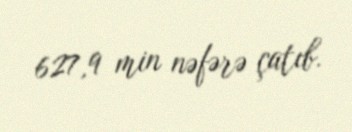
627,9 min nəfərə çatıb.